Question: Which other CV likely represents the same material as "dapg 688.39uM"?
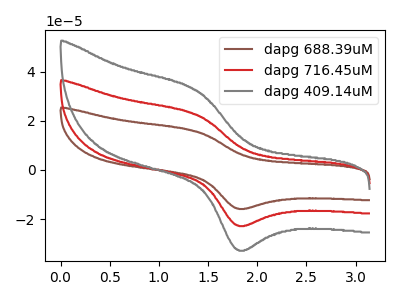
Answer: <think>The brown curve "dapg 688.39uM" has an anodic peak at (1.40V, 45.10uA) and a cathodic peak at (1.80V, -45.30uA). The red curve "dapg 716.45uM" has an anodic peak at (1.40V, 22.55uA) and a cathodic peak at (1.80V, -22.65uA). The gray curve "dapg 409.14uM" has an anodic peak at (1.40V, 32.45uA) and a cathodic peak at (1.80V, -32.60uA).
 All the peaks in "dapg 688.39uM" have a peak in "dapg 716.45uM" at the same potential. Every peak in "dapg 688.39uM" is higher than every peak in "dapg 716.45uM". All the peaks in "dapg 688.39uM" have a peak in "dapg 409.14uM" at the same potential. Every peak in "dapg 688.39uM" is higher than every peak in "dapg 409.14uM". All the peaks in "dapg 716.45uM" have a peak in "dapg 409.14uM" at the same potential. Every peak in "dapg 716.45uM" is lower than every peak in "dapg 409.14uM".</think>
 <answer>"dapg 688.39uM" and "dapg 716.45uM" have a similar shape to "dapg 409.14uM".</answer>
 <eval>"dapg 688.39uM" "dapg 716.45uM"</eval>